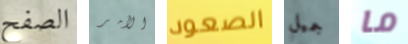
الصفح الأمر الصعود جميل ما